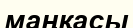
маңқасы